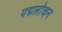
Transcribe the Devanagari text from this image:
पद्मलोचन